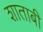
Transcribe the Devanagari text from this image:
शाताबी